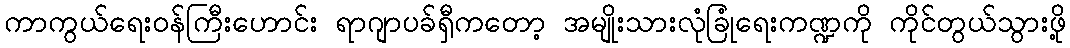
ကာကွယ်ရေးဝန်ကြီးဟောင်း ရာဂျာပခ်ရှီကတော့ အမျိုးသားလုံခြုံရေးကဏ္ဍကို ကိုင်တွယ်သွားဖို့